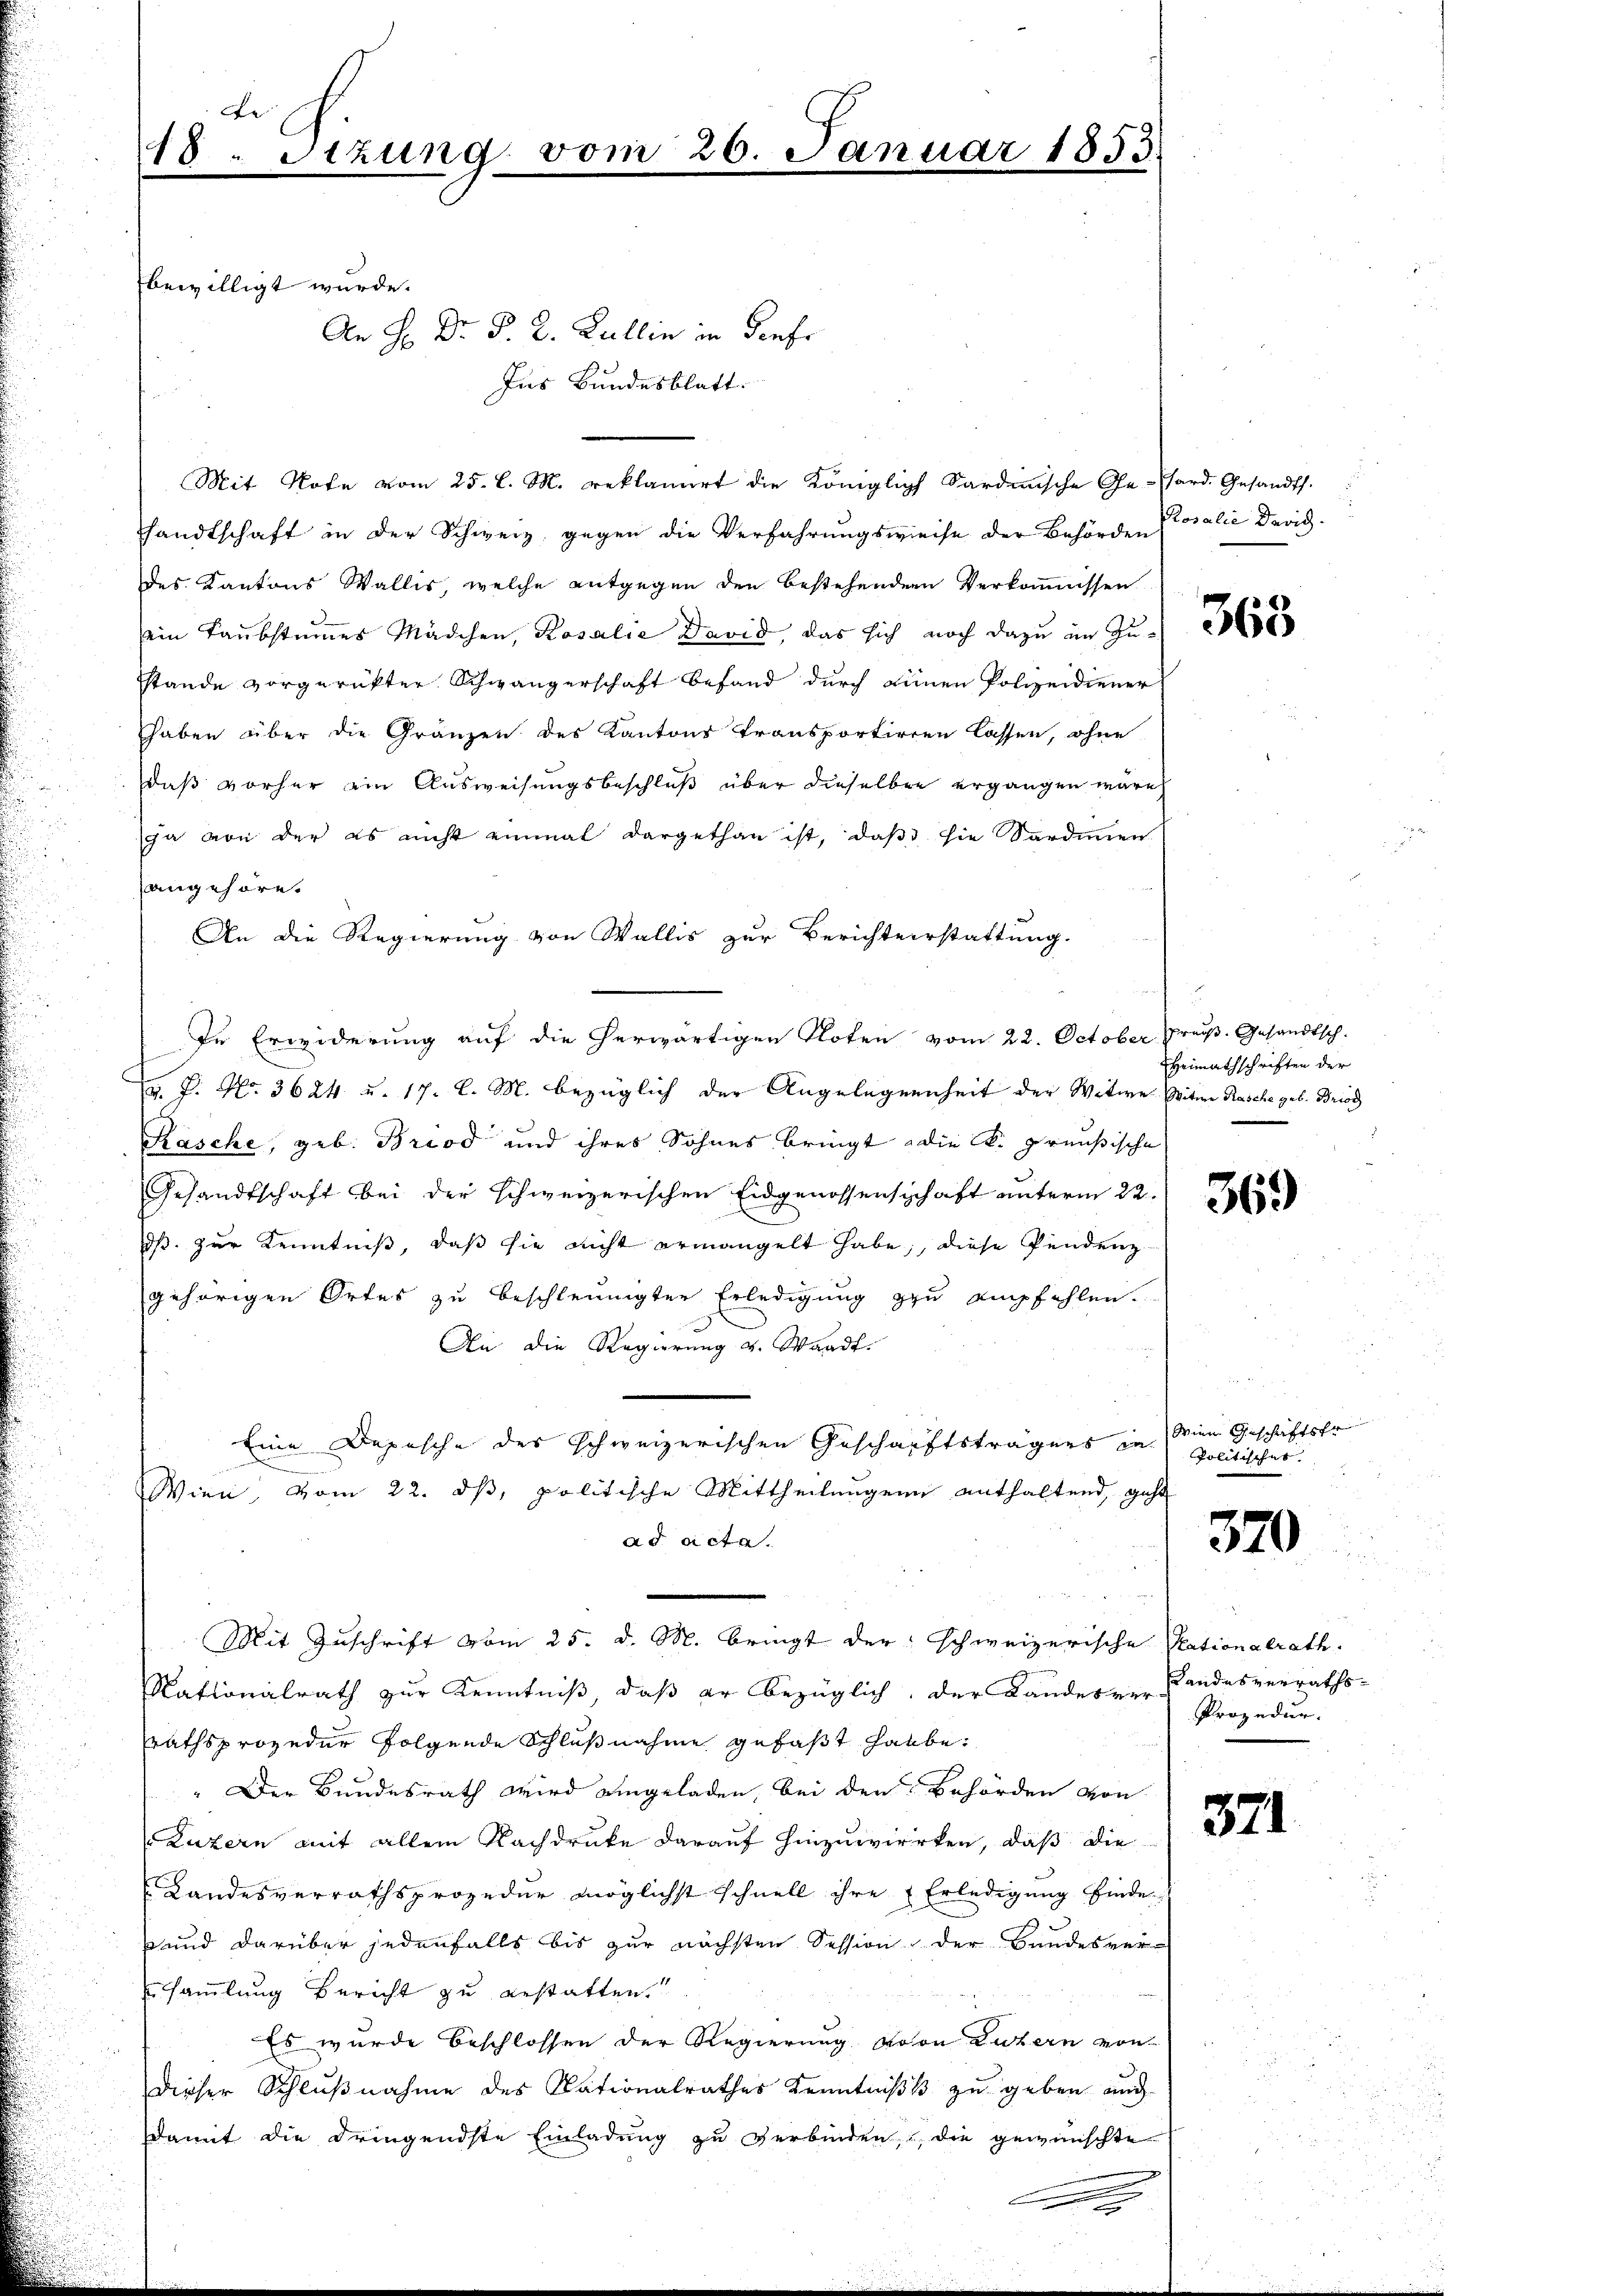
Be
18. Stzung vom 26. Januar 1853
e

bewilligt wurde.
An H: Dr. P. 2. Zullin in diese
Ins Bundesblatt.
Mit Note vom 25. l. M. reklamirt die Königlich Sardinische Ge-Tard. Gesandts.
handtschaft in der Schweiz. gegen die Verfahrŭngsweise der Behörde Posalić derig-
des Kantons Wallis, welche entgegen den bestehenden Verkomissen
sein Laubstumes Mädchen, Rosalić da, das sich noch dazŭ in Zŭ
stande vorgerückter Schwängerschaft befand durch seinen Polizeidiener
haben über die Gränzen des Kantons Transportieren lassen, ohne
daß vorher ein Ausweisungsbeschluß über dieselben ergangen wäre
ja von der es nicht einmal dargethan ist, daß sie Sardinen
angehöret
An die Regierung von Wallis zur Berichterstattung.
In Erwiderung auf die herwärtigen Noten vom 22. October Preuß. Gesandtsch.
 P. Nr. 3624 u. 17. l. M. bezüglich der Angelegenheit der Witwe Witwe Rasche geb. Briod
Kasche, geb. Brod und ihres Sohnes bringt die K. preußische
Gesandtschaft bei der schweizerischen Eidgenossenschaft unterm 22.
dß. zur Kenntniß, daß sie nicht ermangelt habe, diese Pendenz
gehörigen Ortes zu beschleunigter Erledigung zu empfehlen.
An die Regierung v. Waadt.
Eine Depesche des schweizerischen Geschäftsträgers in
Wien, vom 22. ds, politische Mittheilungen enthaltend, geht
ad dicta.
Mit Zuschrift vom 25. d. M. bringt der schweizerische Stationalrath.
Rationalrath zur Kenntniß, daß er bezüglich, der Landes Sandesverraths-
rathsprozedur folgende Schlußnahme gefaßt habe.
" Der Bundesrath wird eingeladen, bei den Behörden von
Luzern mit allem Nachdrucke darauf hinzuwircken, daß die
Landesverrathsprozedur möglichst schnell ihre Erledigung finde
s und darüber jedenfalls bis zur nächsten Session der Bundesver-
usammlung Bericht zu erstatten.
Es wurde beschlossen der Regierung von Luzern von
dieser Schlußnahme des Nationalrathes Kenntniß zu geben auch
damit die dringendste Einladung zu verbinden, die gewünschte
.

Heimathschriften der

369

Wien Geschriftsfr.
Politisches.

320

Prozedur.

371